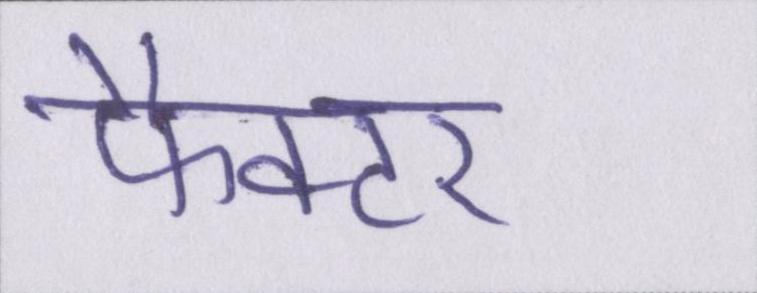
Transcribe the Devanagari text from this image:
फैक्टर